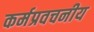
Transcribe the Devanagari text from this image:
कर्मप्रवचनीय